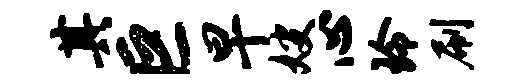
其巨早嫂心玲刷